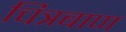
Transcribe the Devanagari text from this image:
चित्रबाण